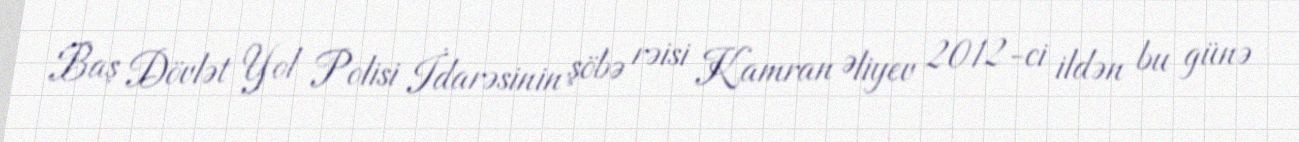
Baş Dövlət Yol Polisi İdarəsinin şöbə rəisi Kamran Əliyev 2012-ci ildən bu günə